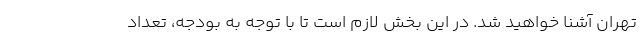
تهران آشنا خواهید شد. در این بخش لازم است تا با توجه به بودجه، تعداد